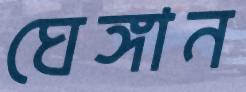
ঘেঙ্গান